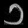
Digit: ၁